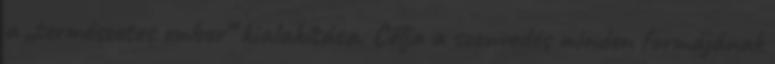
a „természetes ember” kialakítása. Célja a szenvedés minden formájának